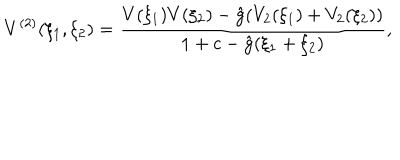
V ^ { ( 2 ) } ( \xi _ { 1 } , \xi _ { 2 } ) = \frac { V ( \xi _ { 1 } ) V ( \xi _ { 2 } ) - \hat { g } ( V _ { 2 } ( \xi _ { 1 } ) + V _ { 2 } ( \xi _ { 2 } ) ) } { 1 + c - \hat { g } ( \xi _ { 1 } + \xi _ { 2 } ) } ,